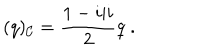
LaTeX: ( q ) _ { \cal C } = \frac { 1 - i \vert i } { 2 } q \; .